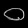
Digit: ၀